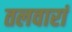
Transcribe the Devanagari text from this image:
तलवारां